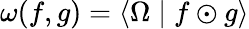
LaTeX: \omega(f,g)=\left\langle\Omega\mid f\odot g\right\rangle